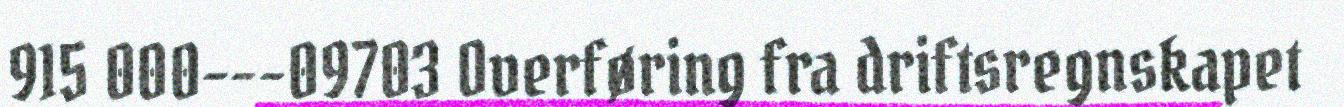
915 000---09703 Overføring fra driftsregnskapet